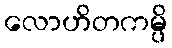
လောဟိတကမ္ပိ